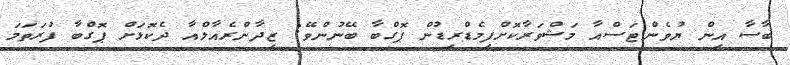
ބާސާ އިން ޔުވެންޓަސްއާ މަޝްވަރާކޮށްފިމެޑްރިޑުން ޕޮގްބާ ބޭނުންވޭ: ޒިދާންރެއާލްއާ ދެކޮޅަށް ޕޮގްބާ ފުރަތަމަ